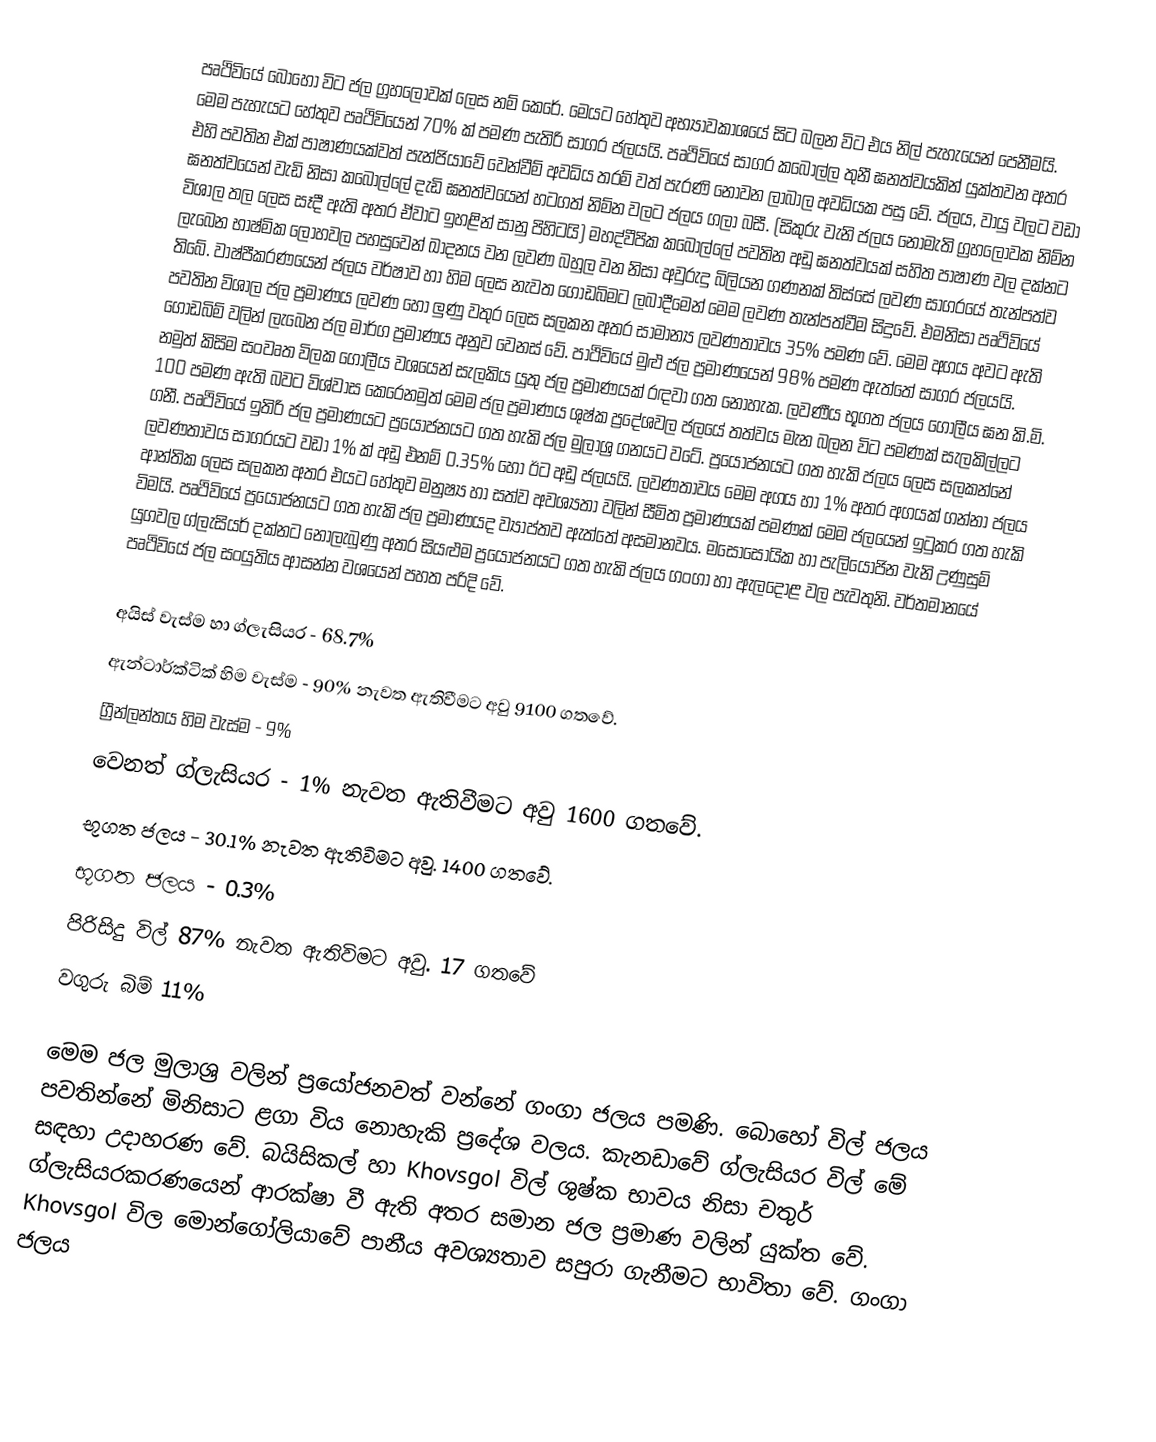
පෘථිවියේ බොහෝ විට ජල ග්‍රහලොවක් ලෙස නම් කෙරේ. මෙයට හේතුව අභ්‍යාවකාශයේ සිට බලන විට එය නිල් පැහැයෙන් පෙනීමයි. මෙම පැහැයට හේතුව පෘථිවියෙන් 70% ක් පමණ පැතිරි සාගර ජලයයි. පෘථිවියේ සාගර කබොල්ල තුනී ඝනත්වයකින් යුක්තවන අතර එහි පවතින එක් පාෂාණයක්වත් පැන්ජියාවේ වෙන්වීම් අවධිය තරම් වත් පැරණි නොවන ලාබාල අවධියක පසු වේ. ජලය, වායු වලට වඩා ඝනත්වයෙන් වැඩි නිසා කබොල්ලේ දැඩි ඝනත්වයෙන් හටගත් නිම්න වලට ජලය ගලා බසී. (සිකුරු වැනි ජලය නොමැති ග්‍රහලොවක නිම්න විශාල තල ලෙස සෑදී ඇති අතර ඒවාට ඉහළින් සානු පිහිටයි) මහද්වීපික කබොල්ලේ පවතින අඩු ඝනත්වයක් සහිත පාෂාණ වල දක්නට ලැබෙන භාෂ්මික ලෝහවල පහසුවෙන් ඛාදනය ‍වන ලවණ බහුල වන නිසා අවුරුදු බිලියන ගණනක් තිස්සේ ලවණ සාගරයේ තැන්පත්ව තිබේ. වාෂ්පීකරණයෙන් ජලය වර්ෂාව හා හිම ලෙස නැවත ගොඩබිමට ලබාදීමෙන් මෙම ලවණ  තැන්පත්වීම සිදුවේ. එමනිසා පෘථිවියේ පවතින විශාල ජල ප්‍රමාණය ලවණ හෝ ලුණු වතුර ලෙස සලකන අතර සාමාන්‍ය ලවණතාවය 35% පමණ වේ. මෙම අගය අවට ඇති ගොඩබිම් වලින් ලැබෙන ජල මාර්ග ප්‍රමාණය අනුව වෙනස් වේ. පාථිවියේ මුළු ජල ප්‍රමාණයෙන් 98% පමණ ඇත්තේ සාගර ජලයයි. නමුත් කිසිම සංවෘත විලක ගෝලීය වශයෙන් සැලකිය යුතු ජල ප්‍රමාණයක් රඳවා ගත නොහැක. ලවණීය භූගත ජලය ගෝලීය ඝන කි.මි. 100 පමණ ඇති බවට විශ්වාස කෙරෙනමුත් මෙම ජල ප්‍රමාණය ශුෂ්ක ප්‍රදේශවල ජලයේ තත්වය මැන බලන විට පමණක් සැලකිල්ලට ගනී. පෘථිවියේ ඉතිරි ජල ප්‍රමාණයට ප්‍රයෝජනයට ගත හැකි ජල මුලාශ්‍ර ගනයට වටේ. ප්‍රයෝජනයට ගත හැකි ජලය ලෙස සලකන්නේ ලවණතාවය සාගරයට වඩා 1% ක් අඩු එනම් 0.35% හෝ ඊට අඩු ජලයයි. ලවණතාවය මෙම අගය හා 1% අතර අගයක් ගන්නා ජලය ආන්තික ලෙස සලකන අතර එයට හේතුව මනුෂ්‍ය හා සත්ව අවශ්‍යතා වලින් සීමිත ප්‍රමාණයක් පමණක් මෙම ජලයෙන් ඉටුකර ගත හැකි විමයි. පෘථිවියේ ප්‍රයෝජනයට ගත හැකි ජල ප්‍රමාණයද ව්‍යාප්තව ඇත්තේ අසමානවය. මසොසෝයික හා පැලියෝජින වැනි උණුසුම් යුගවල ග්ලැසියර් දක්නට නොලැබුණු අතර සියළුම ප්‍රයෝජනයට ගත හැකි ජලය ගංගා හා ඇලදොළ වල පැවතුනි. වර්තමානයේ පෘථිවියේ ජල සංයුතිය ආසන්න වශයෙන් පහත පරිදි වේ.

	අයිස් වැස්ම හා ග්ලැසියර - 68.7%
	ඇන්ටාර්ක්ටික් හිම වැස්ම - 90% නැවත ඇතිවීමට අවු 9100 ගතවේ.
	ග්‍රීන්ලන්තය හිම  වැස්ම - 9%
	වෙනත් ග්ලැසියර - 1% නැවත ඇතිවීමට අවු 1600 ගතවේ.
	භූගත ජලය - 30.1% නැවත ඇතිවිමට අවු. 1400 ගතවේ.
	භූගත ජලය - 0.3%
	පිරිසිදු විල් 87% නැවත ඇතිවිමට අවු. 17 ගතවේ
	වගුරු  බිම් 11%

මෙම ජල මුලාශ්‍ර වලින් ප්‍රයෝජනවත් වන්නේ ගංගා ජලය පමණි. බොහෝ විල් ජලය පවතින්නේ මිනිසාට ළගා විය නොහැකි ප්‍රදේශ වලය. කැනඩාවේ ග්ලැසියර විල් මේ සඳහා උදාහරණ වේ.  බයිසිකල් හා Khovsgol විල් ශුෂ්ක භාවය නිසා චතුර් ග්ලැසියරකරණයෙන් ආරක්ෂා වී ඇති අතර සමාන ජල ප්‍රමාණ වලින් යුක්ත වේ. Khovsgol විල මොන්ගෝලියාවේ පානීය අවශ්‍යතාව සපුරා ගැනීමට භාවිතා වේ. ‍ගංගා ජලය